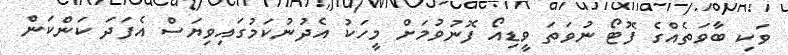
ވަކި ބާވަތެއްގެ ފޮޓޯ ނުވަތަ ވީޑިއޯ ފޮނުވުމަށް މީހަކު އެދުނުކަމުގައިވިޔަސް އެފަދަ ކަންކަން